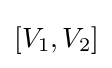
[V_{1},V_{2}]